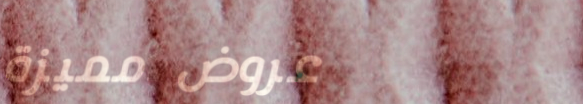
عروض مميزة